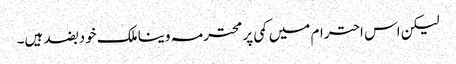
لیکن اس احترام میں کمی پر محترمہ وینا ملک خود بضد ہیں۔